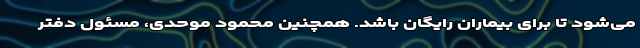
می‌شود تا برای بیماران رایگان باشد. همچنین محمود موحدی، مسئول دفتر